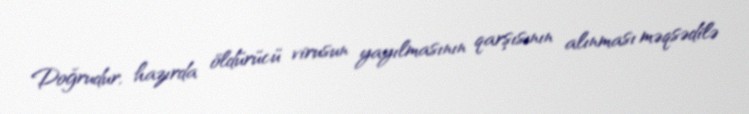
Doğrudur, hazırda öldürücü virusun yayılmasının qarşısının alınması məqsədilə